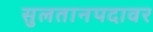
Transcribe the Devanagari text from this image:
सुलतानपदावर